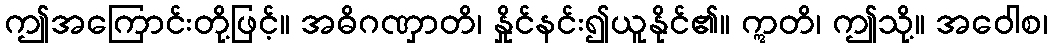
ဤအကြောင်းတို့ဖြင့်။ အဓိဂဏှာတိ၊ နှိုင်နင်း၍ယူနိုင်၏။ ဣတိ၊ ဤသို့။ အဝေါစ၊